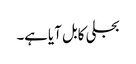
بجلی کابل آیاہے۔